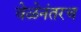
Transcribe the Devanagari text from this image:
वेळेनंतरच